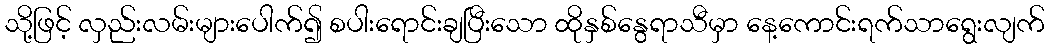
သို့ဖြင့် လှည်းလမ်းများပေါက်၍ စပါးရောင်းချပြီးသော ထိုနှစ်နွေရာသီမှာ နေ့ကောင်းရက်သာရွေးလျက်